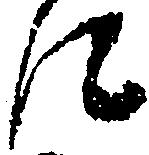
に